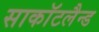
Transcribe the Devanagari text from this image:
साकाॅटलैन्ड